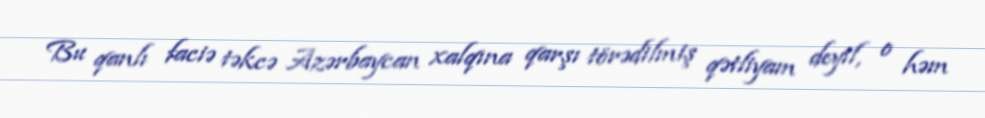
Bu qanlı faciə təkcə Azərbaycan xalqına qarşı törədilmiş qətliyam deyil, o həm